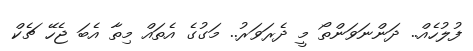
ފުލުހެއް.. ދަންނަވަންތޯ މީ ދެރަވަރު.. މަގުގެ އެތައް މިތާ އެބަ ޖެހޭ ޗެކް